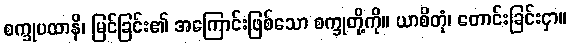
စက္ခုပထာနိ၊ မြင်ခြင်း၏ အကြောင်းဖြစ်သော စက္ခုတို့ကို။ ယာစိတုံ၊ တောင်းခြင်းငှာ။